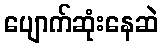
ပျောက်ဆုံးနေဆဲ